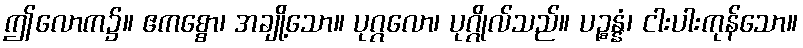
ဤလောက၌။ ဧကစ္စော၊ အချို့သော။ ပုဂ္ဂလော၊ ပုဂ္ဂိုလ်သည်။ ပဉ္စန္နံ၊ ငါးပါးကုန်သော။